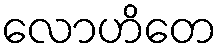
လောဟိတေ